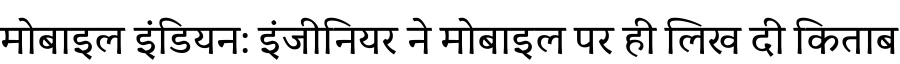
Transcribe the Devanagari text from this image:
मोबाइल इंडियन: इंजीनियर ने मोबाइल पर ही लिख दी किताब